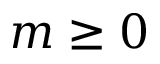
m \ge 0